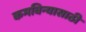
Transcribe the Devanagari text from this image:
कमविन्यासाठी